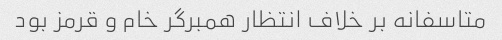
متاسفانه بر خلاف انتظار همبرگر خام و قرمز بود